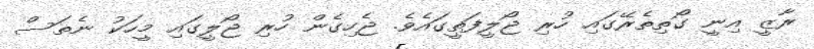
ރާޒީ އިނީ ގޯތިތެރޭގައި ހުރި ޖޯލީފަތީގައެވެ. ޖެހިގެން ހުރި ޖޯލީގައި މީހަކު ނެތަސް